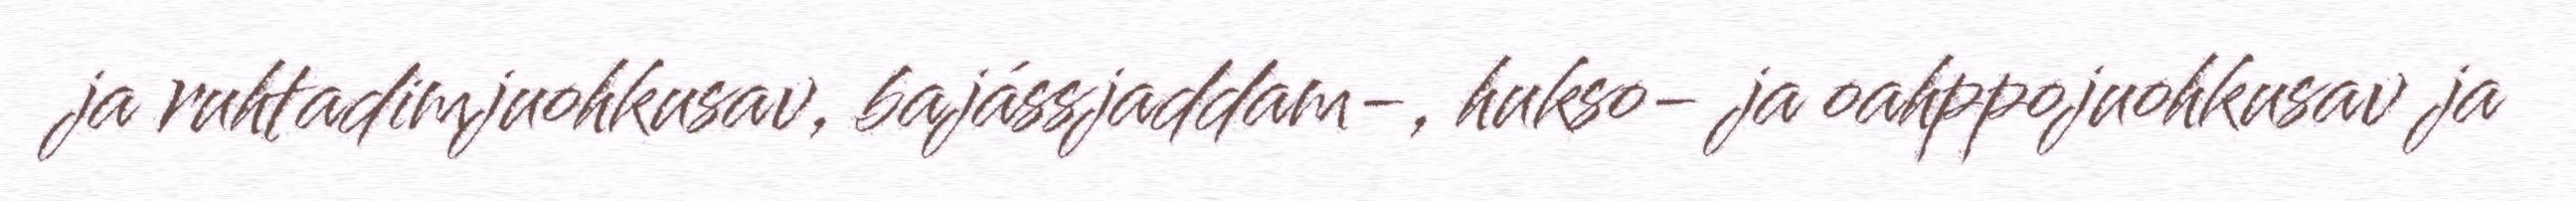
ja ruhtadimjuohkusav, bajássjaddam-, hukso- ja oahppojuohkusav ja